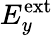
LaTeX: E_{y}^{\mathrm{ext}}